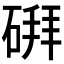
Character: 𪿪